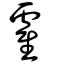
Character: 雐